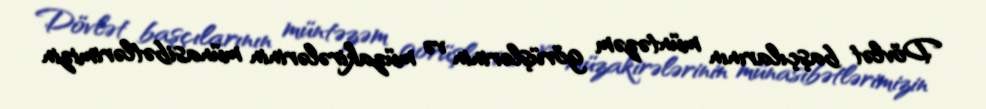
Dövlət başçılarının müntəzəm görüşlərinin və müzakirələrinin münasibətlərimizin